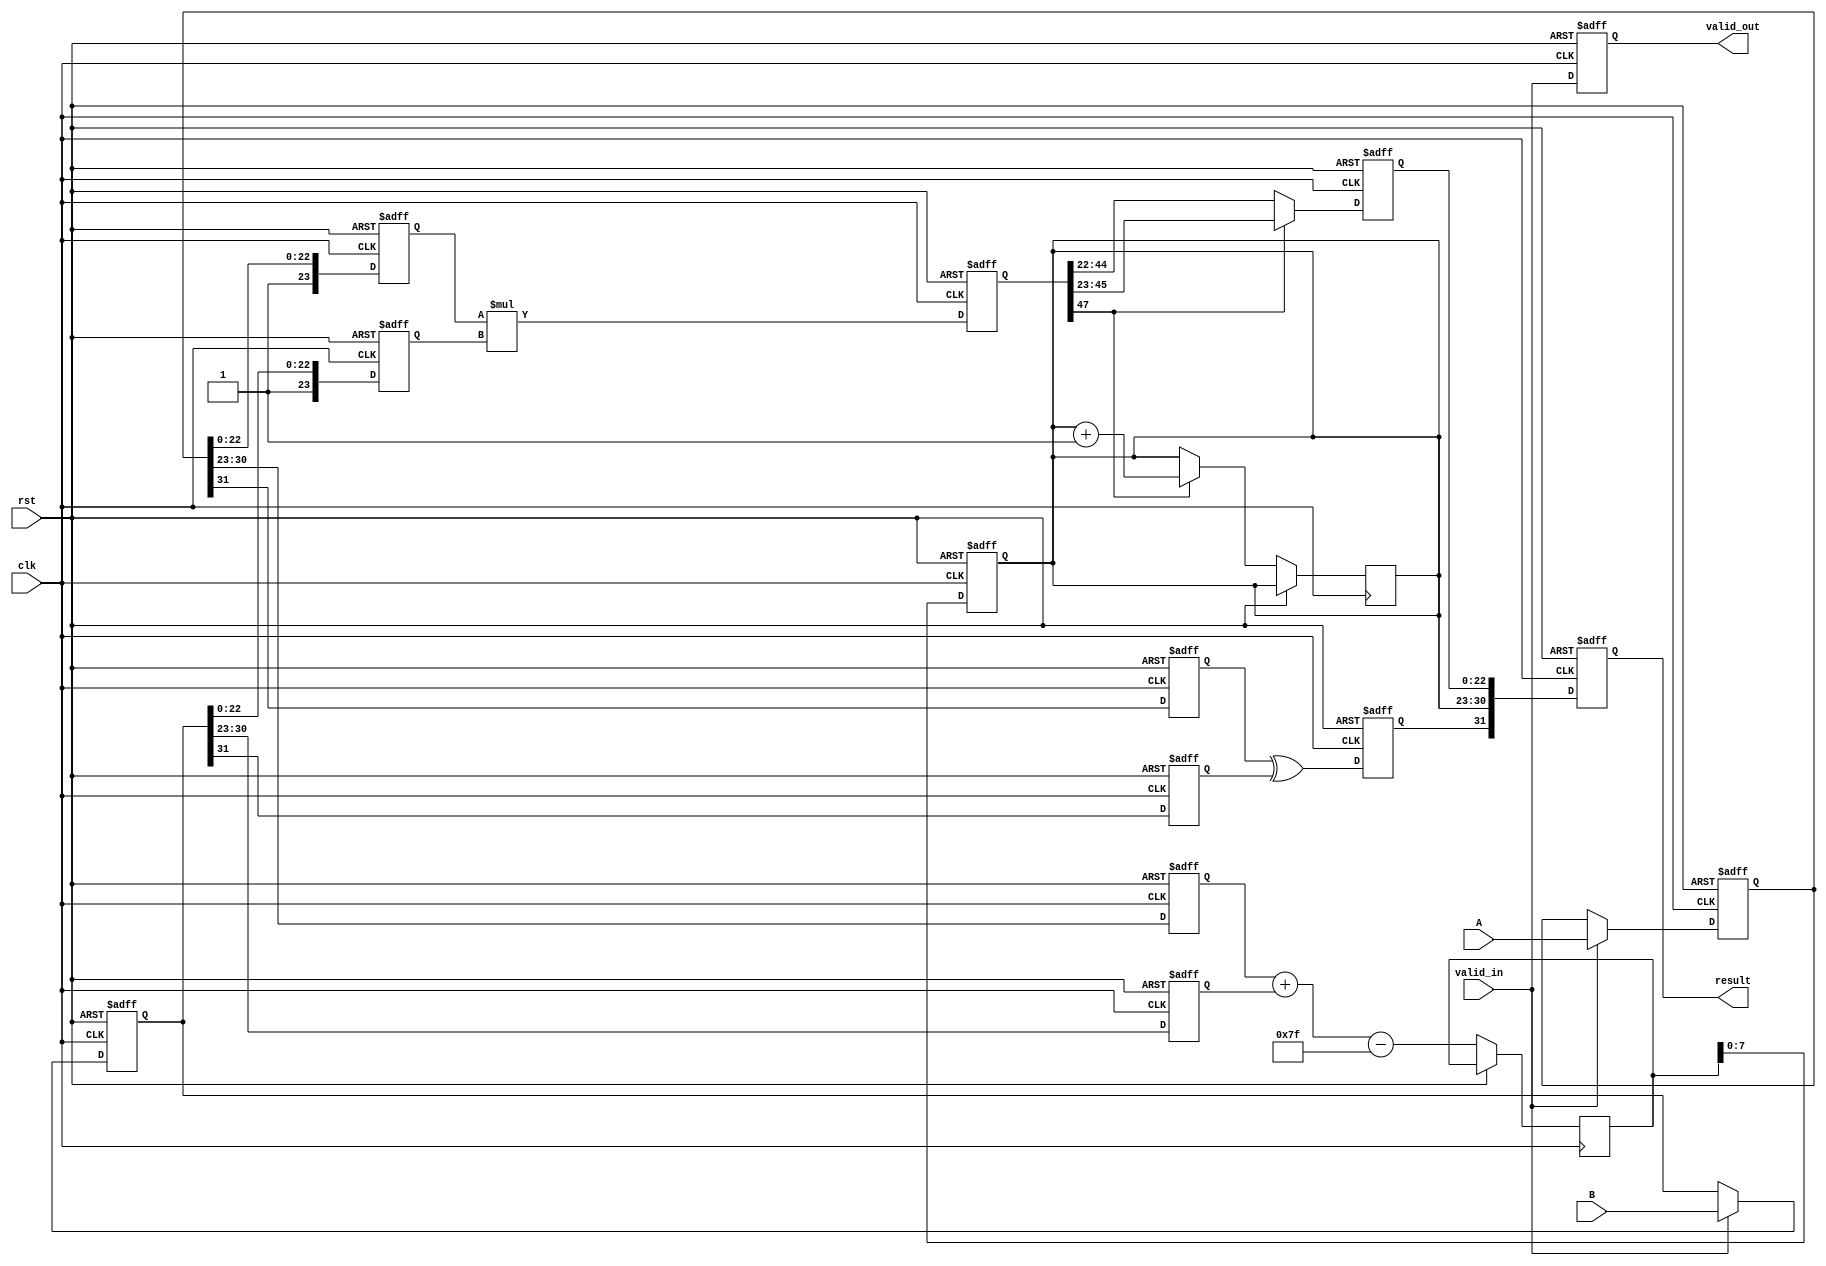
module FloatingPointMultiplier (
    input clk,
    input rst,
    input valid_in,
    input [31:0] A, // Input Floating Point A
    input [31:0] B, // Input Floating Point B
    output reg valid_out,
    output reg [31:0] result // Output Floating Point result
);

    // Pipeline registers
    reg [31:0] reg_A, reg_B;
    reg sign_a, sign_b, sign_result;
    reg [7:0] exp_a, exp_b, exp_result;
    reg [23:0] mant_a, mant_b, mant_result;
    reg [47:0] mant_mul; // Intermediate mantissa multiplication result
    reg [8:0] exp_temp; // Temp for exponent adjustment

    // Stage 1: Input Stage
    always @(posedge clk or posedge rst) begin
        if (rst) begin
            reg_A <= 32'b0;
            reg_B <= 32'b0;
        end else if (valid_in) begin
            reg_A <= A;
            reg_B <= B;
        end
    end

    // Stage 2: Sign Calculation
    always @(posedge clk or posedge rst) begin
        if (rst) begin
            sign_a <= 1'b0;
            sign_b <= 1'b0;
            sign_result <= 1'b0;
        end else begin
            sign_a <= reg_A[31];
            sign_b <= reg_B[31];
            sign_result <= sign_a ^ sign_b; // XOR for result sign
        end
    end

    // Stage 3: Exponent Calculation
    always @(posedge clk or posedge rst) begin
        if (rst) begin
            exp_a <= 8'b0;
            exp_b <= 8'b0;
            exp_result <= 8'b0;
        end else begin
            exp_a <= reg_A[30:23];
            exp_b <= reg_B[30:23];
            exp_temp <= exp_a + exp_b - 8'd127; // Adjust for exponent bias
            exp_result <= exp_temp[7:0]; // Store the exponent result
        end
    end

    // Stage 4: Mantissa Multiplication
    always @(posedge clk or posedge rst) begin
        if (rst) begin
            mant_a <= 24'b0;
            mant_b <= 24'b0;
            mant_mul <= 48'b0;
        end else begin
            mant_a <= {1'b1, reg_A[22:0]}; // Include implicit leading 1
            mant_b <= {1'b1, reg_B[22:0]}; // Include implicit leading 1
            mant_mul <= mant_a * mant_b; // Multiply mantissas
        end
    end

    // Stage 5: Normalization and Rounding
    always @(posedge clk or posedge rst) begin
        if (rst) begin
            mant_result <= 24'b0;
        end else begin
            if (mant_mul[47]) begin
                // If leading bit is 1, normalize by shifting right
                mant_result <= mant_mul[46:23]; // Normalize mantissa
                exp_result <= exp_result + 1; // Increase exponent
            end else begin
                mant_result <= mant_mul[45:22]; // Already normalized
            end
        end
    end

    // Stage 6: Output Stage
    always @(posedge clk or posedge rst) begin
        if (rst) begin
            result <= 32'b0;
            valid_out <= 1'b0;
        end else begin
            result <= {sign_result, exp_result, mant_result[22:0]}; // Assemble result
            valid_out <= valid_in; // Output valid signal
        end
    end

endmodule